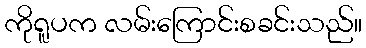
ကိုရူပက လမ်းကြောင်းစခင်းသည်။